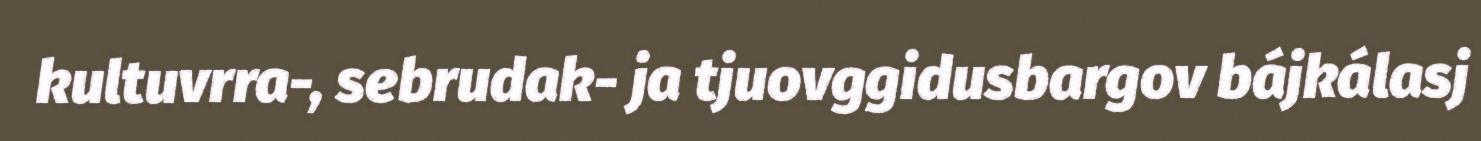
kultuvrra-, sebrudak- ja tjuovggidusbargov bájkálasj